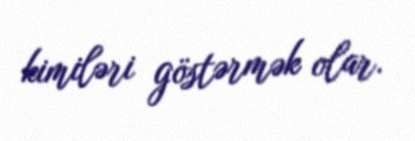
kimiləri göstərmək olar.